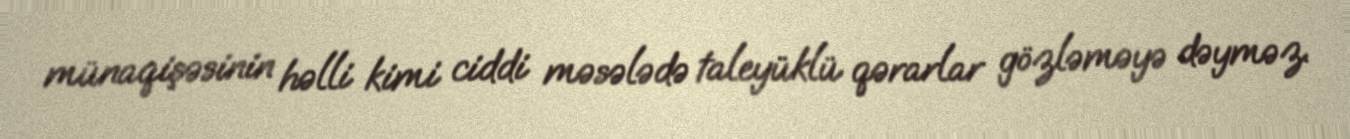
münaqişəsinin həlli kimi ciddi məsələdə taleyüklü qərarlar gözləməyə dəyməz.